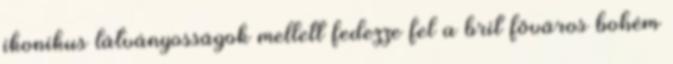
ikonikus látványosságok mellett fedezze fel a brit főváros bohém